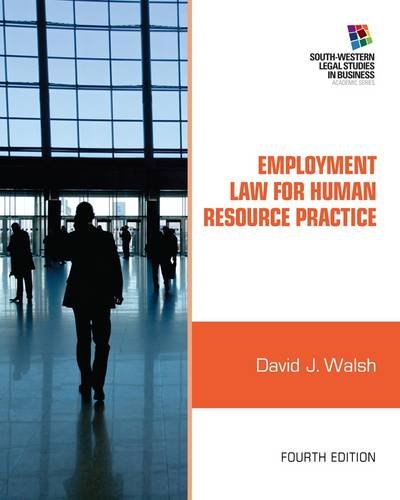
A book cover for Employment Law for Human Resource Practice (South-Western Legal Studies in Business); David J. Walsh; Law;